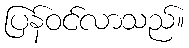
ပြန်ဝင်လာသည်။